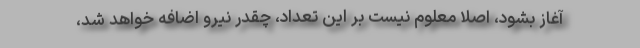
آغاز بشود، اصلاً معلوم نیست بر این تعداد، چقدر نیرو اضافه خواهد شد،